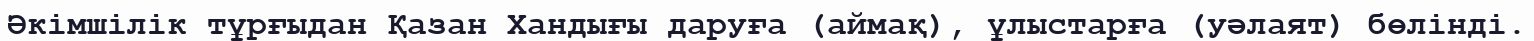
Әкімшілік тұрғыдан Қазан Хандығы даруға (аймақ), ұлыстарға (уәлаят) бөлінді.